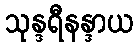
သုန္ဒရီနန္ဒာယ